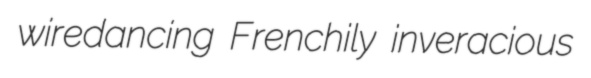
wiredancing Frenchily inveracious